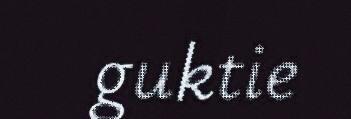
guktie